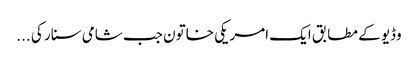
وڈیو کے مطابق ایک امریکی خاتون جب شامی سنار کی ...